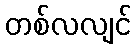
တစ်လလျင်